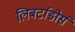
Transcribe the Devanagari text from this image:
लिबर्टाडोर्स